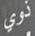
ذوي